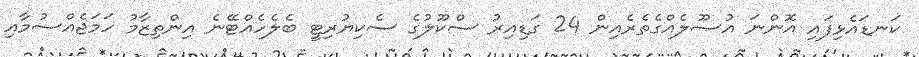
ކަނޑައެޅިފައި އޮންނަ އުޞޫލެއްގެތެރެއިން 24 ގަޑިއިރު ސްކޫލުގެ ސެކިޔުރިޓީ ބެލެހެއްޓޭނެ އިންތިޒާމު ހަމަޖެއްސުމާއި